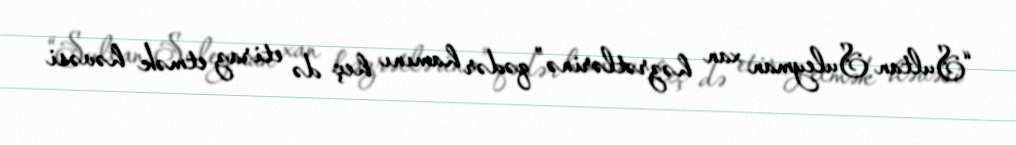
“Sultan Suleyman xan həzrətlərinə” qədər hamını heç də etiraz etmək həvəsi